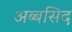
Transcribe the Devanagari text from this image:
अब्बसिद